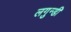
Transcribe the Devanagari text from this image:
लगुन्डी